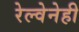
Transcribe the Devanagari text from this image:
रेल्वेनेही